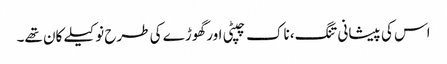
اس کی پیشانی تنگ، ناک چپٹی اور گھوڑے کی طرح نوکیلے کان تھے۔